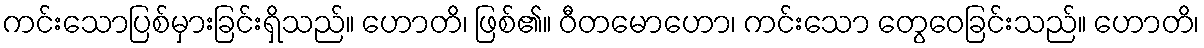
ကင်းသောပြစ်မှားခြင်းရှိသည်။ ဟောတိ၊ ဖြစ်၏။ ဝီတမောဟော၊ ကင်းသော တွေဝေခြင်းသည်။ ဟောတိ၊